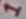
Text: 1